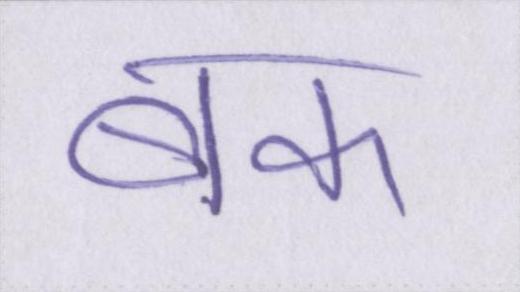
बक